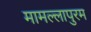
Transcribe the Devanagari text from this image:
मामल्‍लापुरम